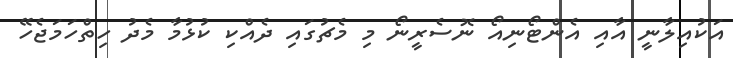
އަކުއިލާނީ އާއި އެންޓޯނިއޯ ނޮސެރީނޯ މި މެޗުގައި ދެއްކި ކުޅުމާ މެދު ހިތްހަމަޖެހޭ